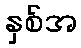
နှစ်အ